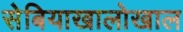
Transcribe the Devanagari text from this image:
सेबियाखालोखाल